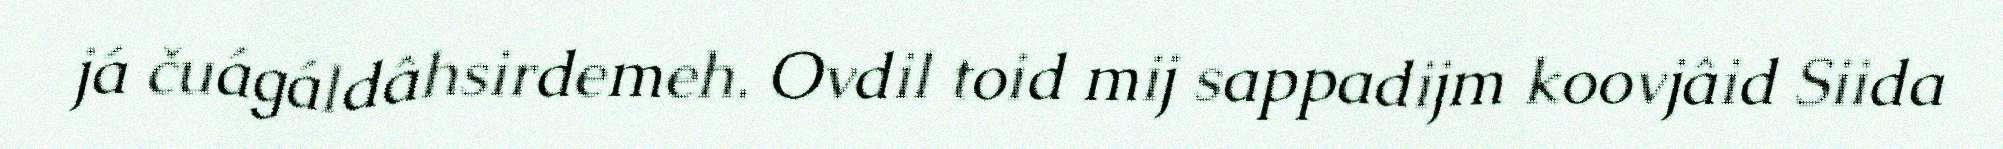
já čuágáldâhsirdemeh. Ovdil toid mij sappadijm koovjâid Siida